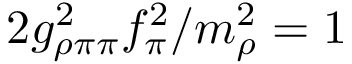
2 g _ { \rho \pi \pi } ^ { 2 } f _ { \pi } ^ { 2 } / m _ { \rho } ^ { 2 } = 1